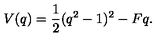
V ( q ) = \frac { 1 } { 2 } ( q ^ { 2 } - 1 ) ^ { 2 } - F q .